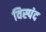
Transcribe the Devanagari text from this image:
विस्पंद